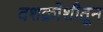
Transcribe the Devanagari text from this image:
दशक्रोशीतून